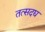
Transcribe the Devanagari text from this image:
तत्सदद्य